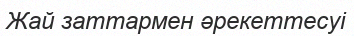
Жай заттармен әрекеттесуі